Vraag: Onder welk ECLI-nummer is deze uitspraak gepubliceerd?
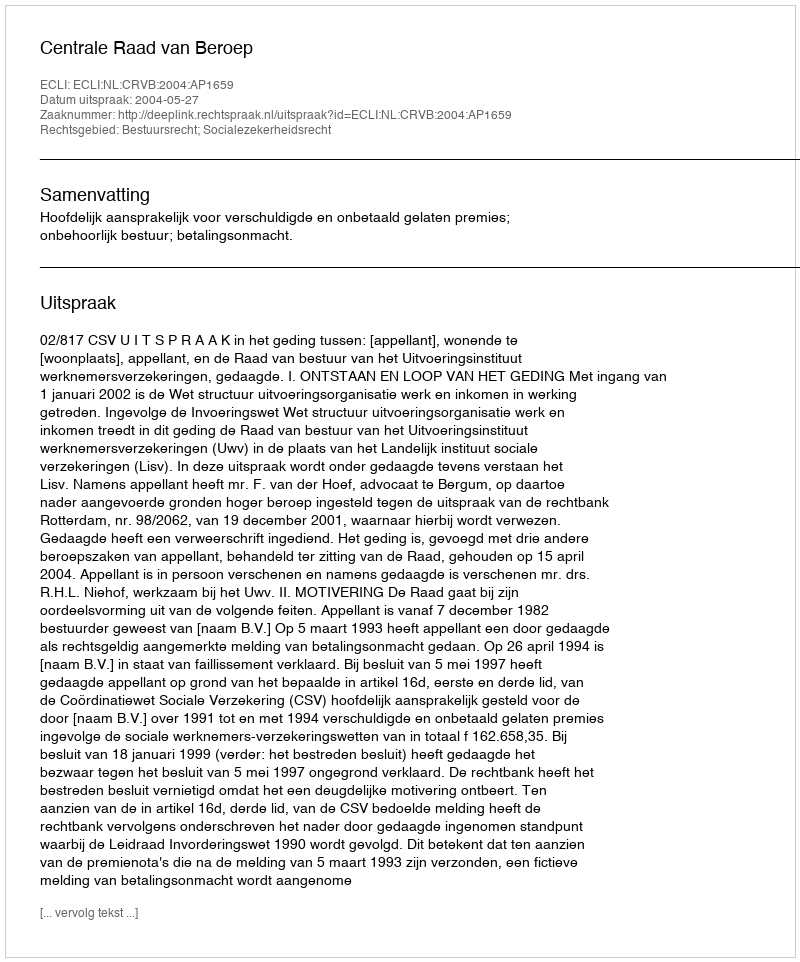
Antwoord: ECLI:NL:CRVB:2004:AP1659